Report of the Bombay Veterinary College
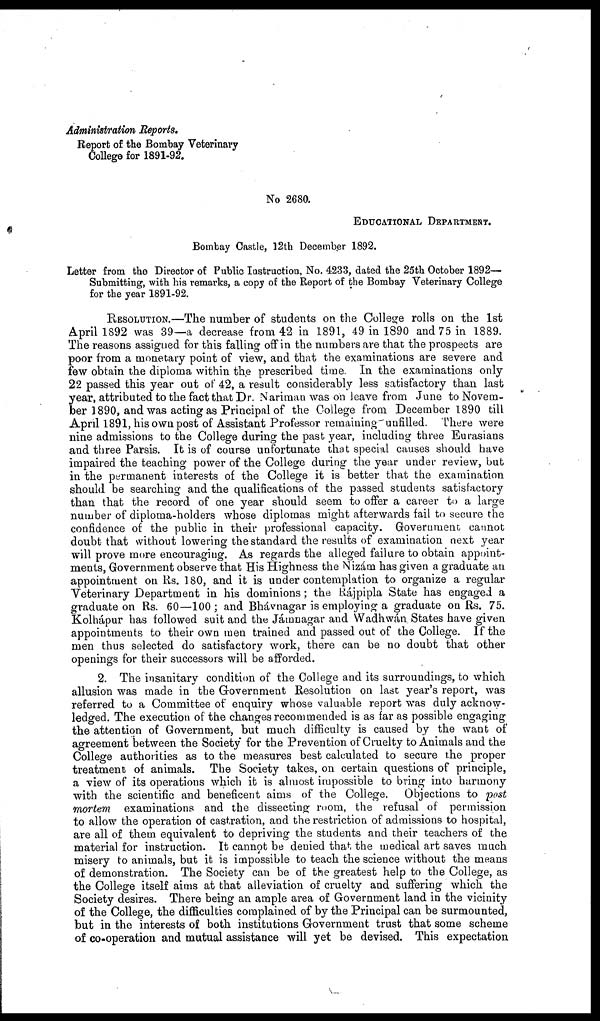
Administration Reports.
Report of the Bombay Veterinary
College for 1891-92.
No 2680.
EDUCATIONAL DEPARTMENT.
Bombay Castle, 12th December 1892.
Letter from the Director of Public Instruction, No. 4233, dated the 25th October 1892—
Submitting, with his remarks, a copy of the Report of the Bombay Veterinary College
for the year 1891-92.
RESOLUTION.—The number of students on the College rolls on the 1st
April 1892 was 39—a decrease from 42 in 1891, 49 in 1890 and 75 in 1889.
The reasons assigned for this falling off in the numbers are that the prospects are
poor from a monetary point of view, and that the examinations are severe and
few obtain the diploma within the prescribed time. In the examinations only
22 passed this year out of 42, a result considerably less satisfactory than last
year, attributed to the fact that Dr. Nariman was on leave from June to Novem-
ber 1890, and was acting as Principal of the College from December 1890 till
April 1891, his own post of Assistant Professor remaining unfilled. There were
nine admissions to the College during the past year, including three Eurasians
and three Parsis. It is of course unfortunate that special causes should have
impaired the teaching power of the College during the year under review, but
in the permanent interests of the College it is better that the examination
should be searching and the qualifications of the passed students satisfactory
than that the record of one year should seem to offer a career to a large
number of diploma-holders whose diplomas might afterwards fail to secure the
confidence of the public in their professional capacity. Government cannot
doubt that without lowering the standard the results of examination next year
will prove more encouraging. As regards the alleged failure to obtain appoint-
ments, Government observe that His Highness the Nizám has given a graduate an
appointment on Rs. 180, and it is under contemplation to organize a regular
Veterinary Department in his dominions; the Rájpipla State has engaged a
graduate on Rs. 60—100 ; and Bhávnagar is employing a graduate on Rs. 75.
Kolhápur has followed suit and the Jámnagar and Wadhwán States have given
appointments to their own men trained and passed out of the College. If the
men thus selected do satisfactory work, there can be no doubt that other
openings for their successors will be afforded.
2. The insanitary condition of the College and its surroundings, to which
allusion was made in the Government Resolution on last year's report, was
referred to a Committee of enquiry whose valuable report was duly acknow-
ledged. The execution of the changes recommended is as far as possible engaging
the attention of Government, but much difficulty is caused by the want of
agreement between the Society for the Prevention of Cruelty to Animals and the
College authorities as to the measures best calculated to secure the proper
treatment of animals. The Society takes, on certain questions of principle,
a view of its operations which it is almost impossible to bring into harmony
with the scientific and beneficent aims of the College. Objections to post
mortem examinations and the dissecting room, the refusal of permission
to allow the operation of castration, and the restriction of admissions to hospital,
are all of them equivalent to depriving the students and their teachers of the
material for instruction. It cannot be denied that the medical art saves much
misery to animals, but it is impossible to teach the science without the means
of demonstration. The Society can be of the greatest help to the College, as
the College itself aims at that alleviation of cruelty and suffering which the
Society desires. There being an ample area of Government land in the vicinity
of the College, the difficulties complained of by the Principal can be surmounted,
but in the interests of both institutions Government trust that some scheme
of co-operation and mutual assistance will yet be devised. This expectation